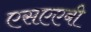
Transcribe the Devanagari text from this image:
एसएएबी